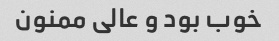
خوب بود و عالی ممنون